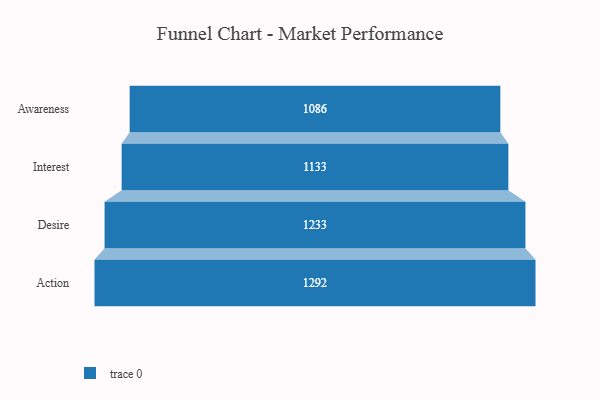
{"axis": {"x": "Stage", "y": "Value"}, "legend": [""], "data": [{"x": "Awareness", "y": 1086.0, "type": ""}, {"x": "Interest", "y": 1133.0, "type": ""}, {"x": "Desire", "y": 1233.0, "type": ""}, {"x": "Action", "y": 1292.0, "type": ""}]}